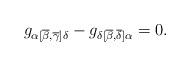
LaTeX: \begin{align*}g_{\alpha [ \overline{\beta},\overline{\gamma}]\delta} -g_{\delta [\overline{\beta},\overline{\delta}]\alpha} = 0 .\end{align*}